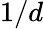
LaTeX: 1/d